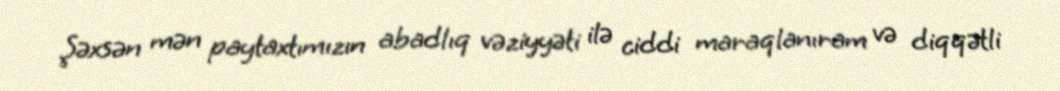
Şəxsən mən paytaxtımızın abadlıq vəziyyəti ilə ciddi maraqlanıram və diqqətli